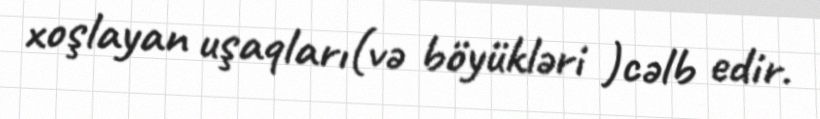
xoşlayan uşaqları(və böyükləri )cəlb edir.